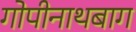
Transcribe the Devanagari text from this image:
गोपीनाथबाग